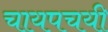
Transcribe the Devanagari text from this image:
चायपचयी